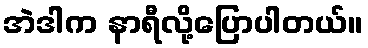
အဲဒါက နာရီလို့ပြောပါတယ်။